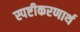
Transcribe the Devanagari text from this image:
स्पष्टीकरणार्थ